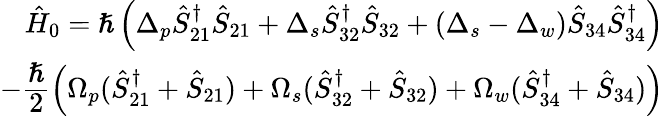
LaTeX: \begin{array}{r}{\hat{H}_{0}=\hslash\left(\Delta_{p}\hat{S}_{21}^{\dagger}\hat{S}_{21}+\Delta_{s}\hat{S}_{32}^{\dagger}\hat{S}_{32}+(\Delta_{s}-\Delta_{w})\hat{S}_{34}\hat{S}_{34}^{\dagger}\right)}\\ {-\cfrac{\hslash}{2}\left(\Omega_{p}(\hat{S}_{21}^{\dagger}+\hat{S}_{21})+\Omega_{s}(\hat{S}_{32}^{\dagger}+\hat{S}_{32})+\Omega_{w}(\hat{S}_{34}^{\dagger}+\hat{S}_{34})\right)}\end{array}